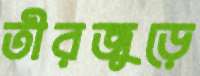
তীরজুড়ে